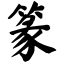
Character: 篆